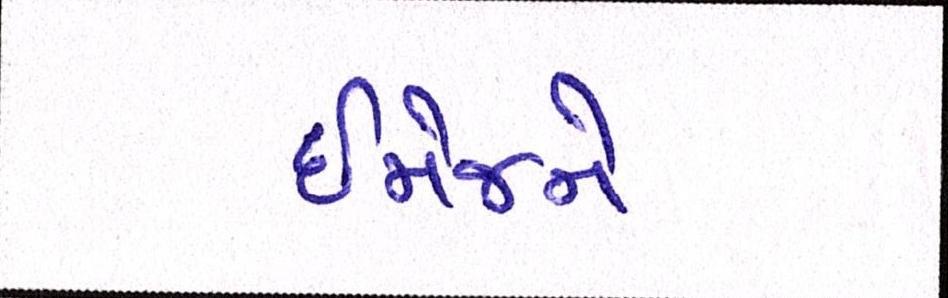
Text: ઈમેજને